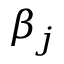
\beta _ { j }